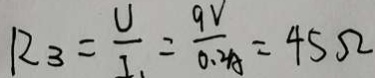
R _ { 3 } = \frac { U } { I _ { 1 } } = \frac { 9 V } { 0 . 4 A } = 4 5 \Omega